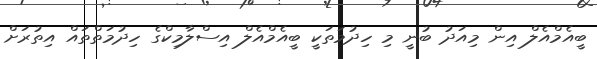
ބީއެމްއެލް އިން މިއަދު ބުނީ މި ހިދުމަތަކީ ބީއެމްއެލް އިސްލާމިކްގެ ހިދުމަތްތައް އިތުރަށް